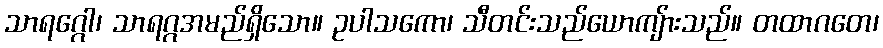
သာရဂ္ဂေါ၊ သာရဂ္ဂအမည်ရှိသော။ ဥပါသကော၊ သီတင်းသည်ယောကျ်ားသည်။ တထာဂတေ၊